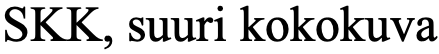
SKK, suuri kokokuva